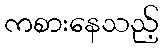
ကစားနေသည့်